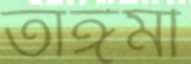
তাঈমী